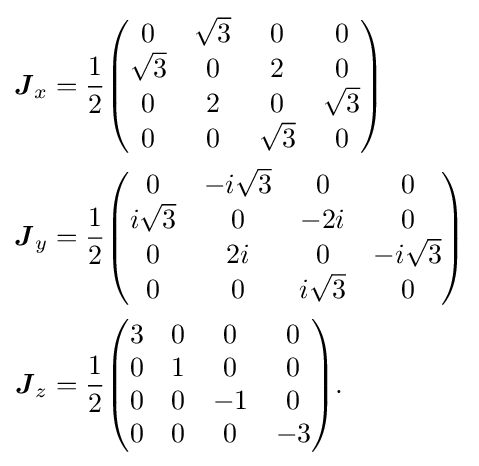
{\begin{aligned}{\boldsymbol {J}}_{x}&={\frac {1}{2}}{\begin{pmatrix}0&{\sqrt {3}}&0&0\\{\sqrt {3}}&0&2&0\\0&2&0&{\sqrt {3}}\\0&0&{\sqrt {3}}&0\end{pmatrix}}\\{\boldsymbol {J}}_{y}&={\frac {1}{2}}{\begin{pmatrix}0&-i{\sqrt {3}}&0&0\\i{\sqrt {3}}&0&-2i&0\\0&2i&0&-i{\sqrt {3}}\\0&0&i{\sqrt {3}}&0\end{pmatrix}}\\{\boldsymbol {J}}_{z}&={\frac {1}{2}}{\begin{pmatrix}3&0&0&0\\0&1&0&0\\0&0&-1&0\\0&0&0&-3\end{pmatrix}}.\end{aligned}}